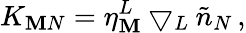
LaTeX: K_{\mathbf{M}N}=\eta_{\mathbf{M}}^{L}\bigtriangledown_{L}\tilde{{n}}_{N}\, ,